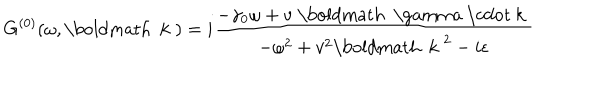
LaTeX: G ^ { ( 0 ) } ( \omega , \mathrm { \boldmath ~ k ~ } ) = i \frac { - \gamma _ { 0 } \omega + v \; \mathrm { \boldmath ~ \ g a m m a ~ \cdot ~ k ~ } } { - \omega ^ { 2 } + v ^ { 2 } \mathrm { \boldmath ~ k ~ } ^ { 2 } - i \epsilon }